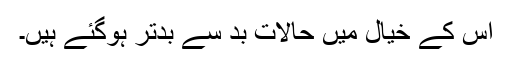
اس کے خیال میں حالات بد سے بدتر ہوگئے ہیں۔